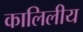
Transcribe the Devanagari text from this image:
कालिलीय